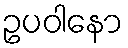
ဥပဝါနော